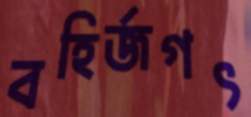
বহির্জগৎ